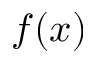
f ( x )